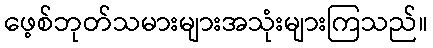
ဖေ့စ်ဘုတ်သမားများအသုံးများကြသည်။